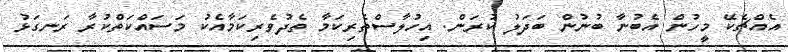
އެއްޗެކޭ މީހުން އެބުނާ ބުނުން ބަދަލު ކުރަން. އިހުލާސްތެރިކަމާ ތެދުވެރިކަމާއެކު މަސައްކަތްކުރާ ރަނގަޅު